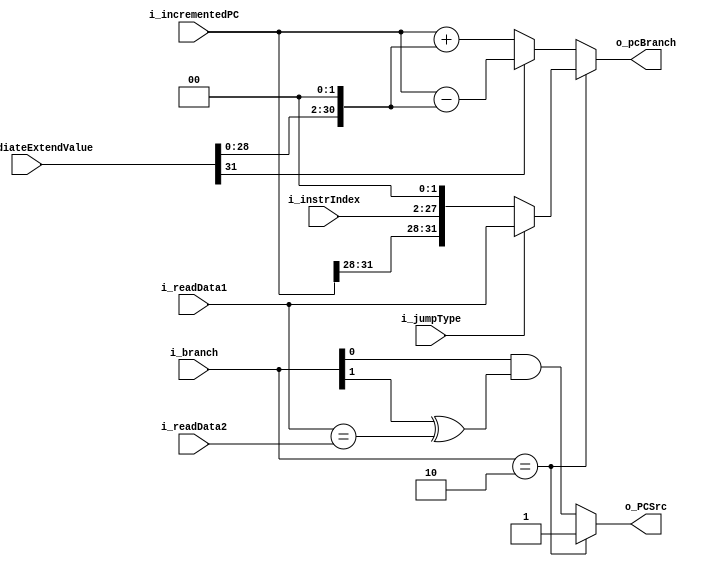
`timescale 1ns / 1ps

module branchControl #(
    parameter DATA_LEN = 32
)(
    //Data inputs
    input wire [DATA_LEN-1:0] i_immediateExtendValue,
    input wire [DATA_LEN-1:0] i_incrementedPC,
    input wire [DATA_LEN-1:0] i_readData1,
    input wire [DATA_LEN-1:0] i_readData2,
    input wire [25:0] i_instrIndex,
    //Control inputs
    input wire [1:0] i_branch,
    input wire i_jumpType,
    //Control outputs
    output reg o_PCSrc,
    output reg [DATA_LEN-1:0] o_pcBranch
);

wire[DATA_LEN-1:0] shiftedImmediate = {1'b0, i_immediateExtendValue[DATA_LEN-2:0] << 2};

    //Calculates branch program counter
wire[DATA_LEN-1:0] w_branchPC = i_immediateExtendValue[DATA_LEN-1]? i_incrementedPC - shiftedImmediate: i_incrementedPC + shiftedImmediate;
    
wire [DATA_LEN-1:0] literalJump = {i_incrementedPC[DATA_LEN-1:DATA_LEN-4], i_instrIndex, 2'b00};
    
    //Select jump source (rs register or literal)
wire [DATA_LEN-1:0] w_jumpPC = i_jumpType? i_readData1 : literalJump;

wire w_zero = i_readData1 == i_readData2;

always @(*) begin
    case(i_branch)
        2'b10: begin
            o_PCSrc = 1;
            o_pcBranch = w_jumpPC;
        end
        default: begin 
            //Bit bajo de branch indica si es instruccion de branch
            //Bit alto indica si es equal o not equal
            o_PCSrc = i_branch[0] & (i_branch[1] ^ w_zero);       
            o_pcBranch = w_branchPC;
        end
    endcase
end

endmodule